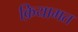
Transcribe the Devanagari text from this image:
क़ियामत